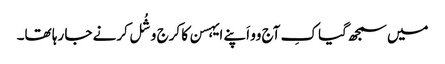
میں سمجھ گیا کِ آج وو اَپنے ایہسن کا کرج وشُل کرنے جا رہا تھا۔